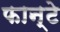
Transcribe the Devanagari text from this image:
फान्टे